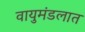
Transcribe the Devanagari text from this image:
वायुमंडलात